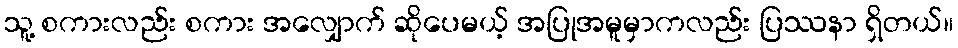
သူ့ စကားလည်း စကား အလျှောက် ဆိုပေမယ့် အပြုအမူမှာကလည်း ပြဿနာ ရှိတယ်။